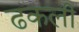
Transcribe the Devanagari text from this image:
ढकली